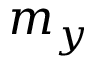
m _ { y }